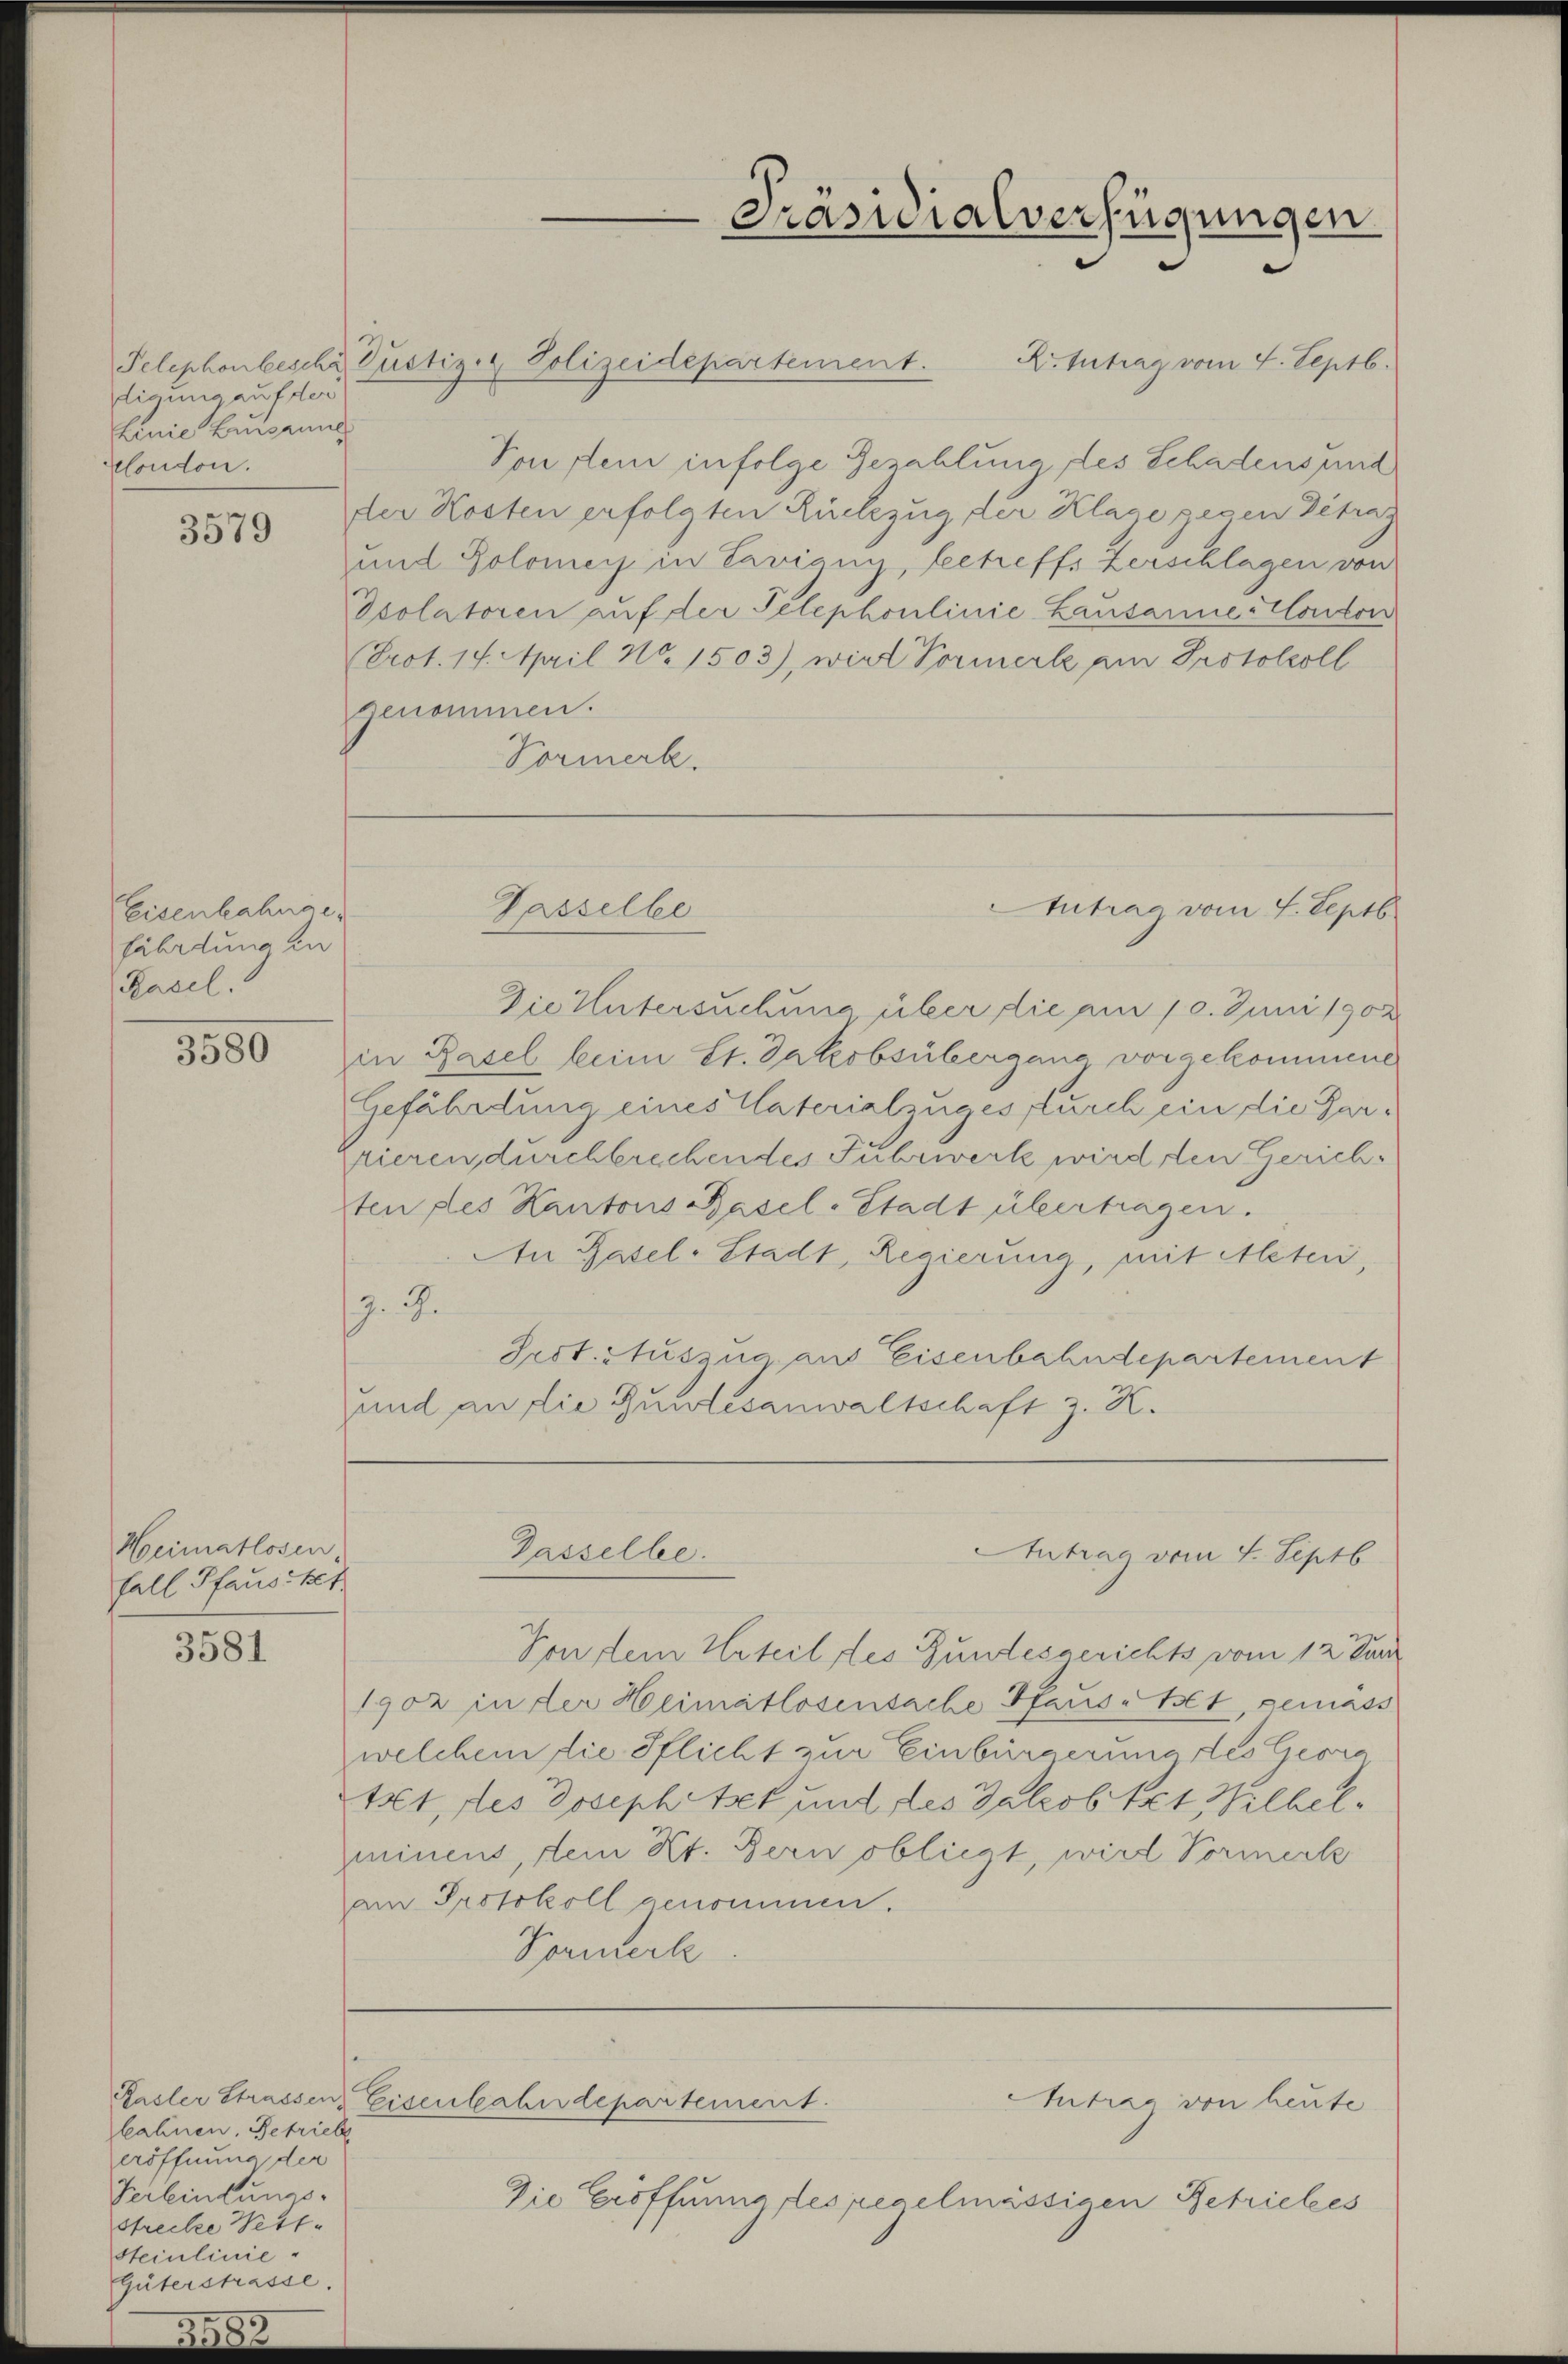
tigung auf der
Linie Zusamml
clondon.

3579

Eisenbahnges
fährdung in
Basel.

3580

Heimatlosen,
fall Pfausket

3581

Kasler Strassen
kahnen. Betriebe
eröffnung der
Verbindungs-
strecke Wett¬
Steinlinie
Güterstrasse

Intrag vom 4. Septb.
Telephonbesche Justiz & Polizeidepartement.
Konflen infolge Bezahlung des Schadens und
der Kosten erfolgten Rückzug der Klage gesen Betra-
und Polomer in Savigny, betreffs verschlagen von
Psolatoren auf der Telephonlinie Lausanne Konton
(Prot. 17. April No. 1503), wird Vormerke ein Protokoll
genommen.
Vormerk.

Die Untersuchung über die am 10. Juni 1902
in Basel beim St. Jakobsübergane vorgekommene
Gefährdung eines Vaterialzuges furch ein die Parzieren durchbrechendes Fuhrwerk wird den Gerichsten des Kantons Basel-Stadt übertragen.
An Pasel-Stadt, Regierung, mit Acten,
J. J.
Prot. Auszug aus Eisenbahndepartement
und an die Bundesanwaltschaft z. K.

Gasselbe

Prameralverfügungen

Sondern Urteil des Bundesgerichts vom 12. Jun
1902 in der Heimatlosensache Hausetet, gemäss
welchem die Pflicht zur Einbürgerung des Georg
tet, des Josephitet und des Jakobet Wilhelminens, dein Kt. Bern obliegt, wird Vormerk
am Protokoll genommen.
Pormerk

Gasselbe.
Antrag vom 4. Septb

Die Eröffnung des regelmässigen Betriebes

isenbahndepartement.

Antrag vom 4. Septb

Autrag von heute